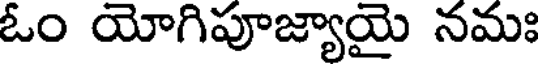
ఓం యోగిపూజ్యాయై నమః